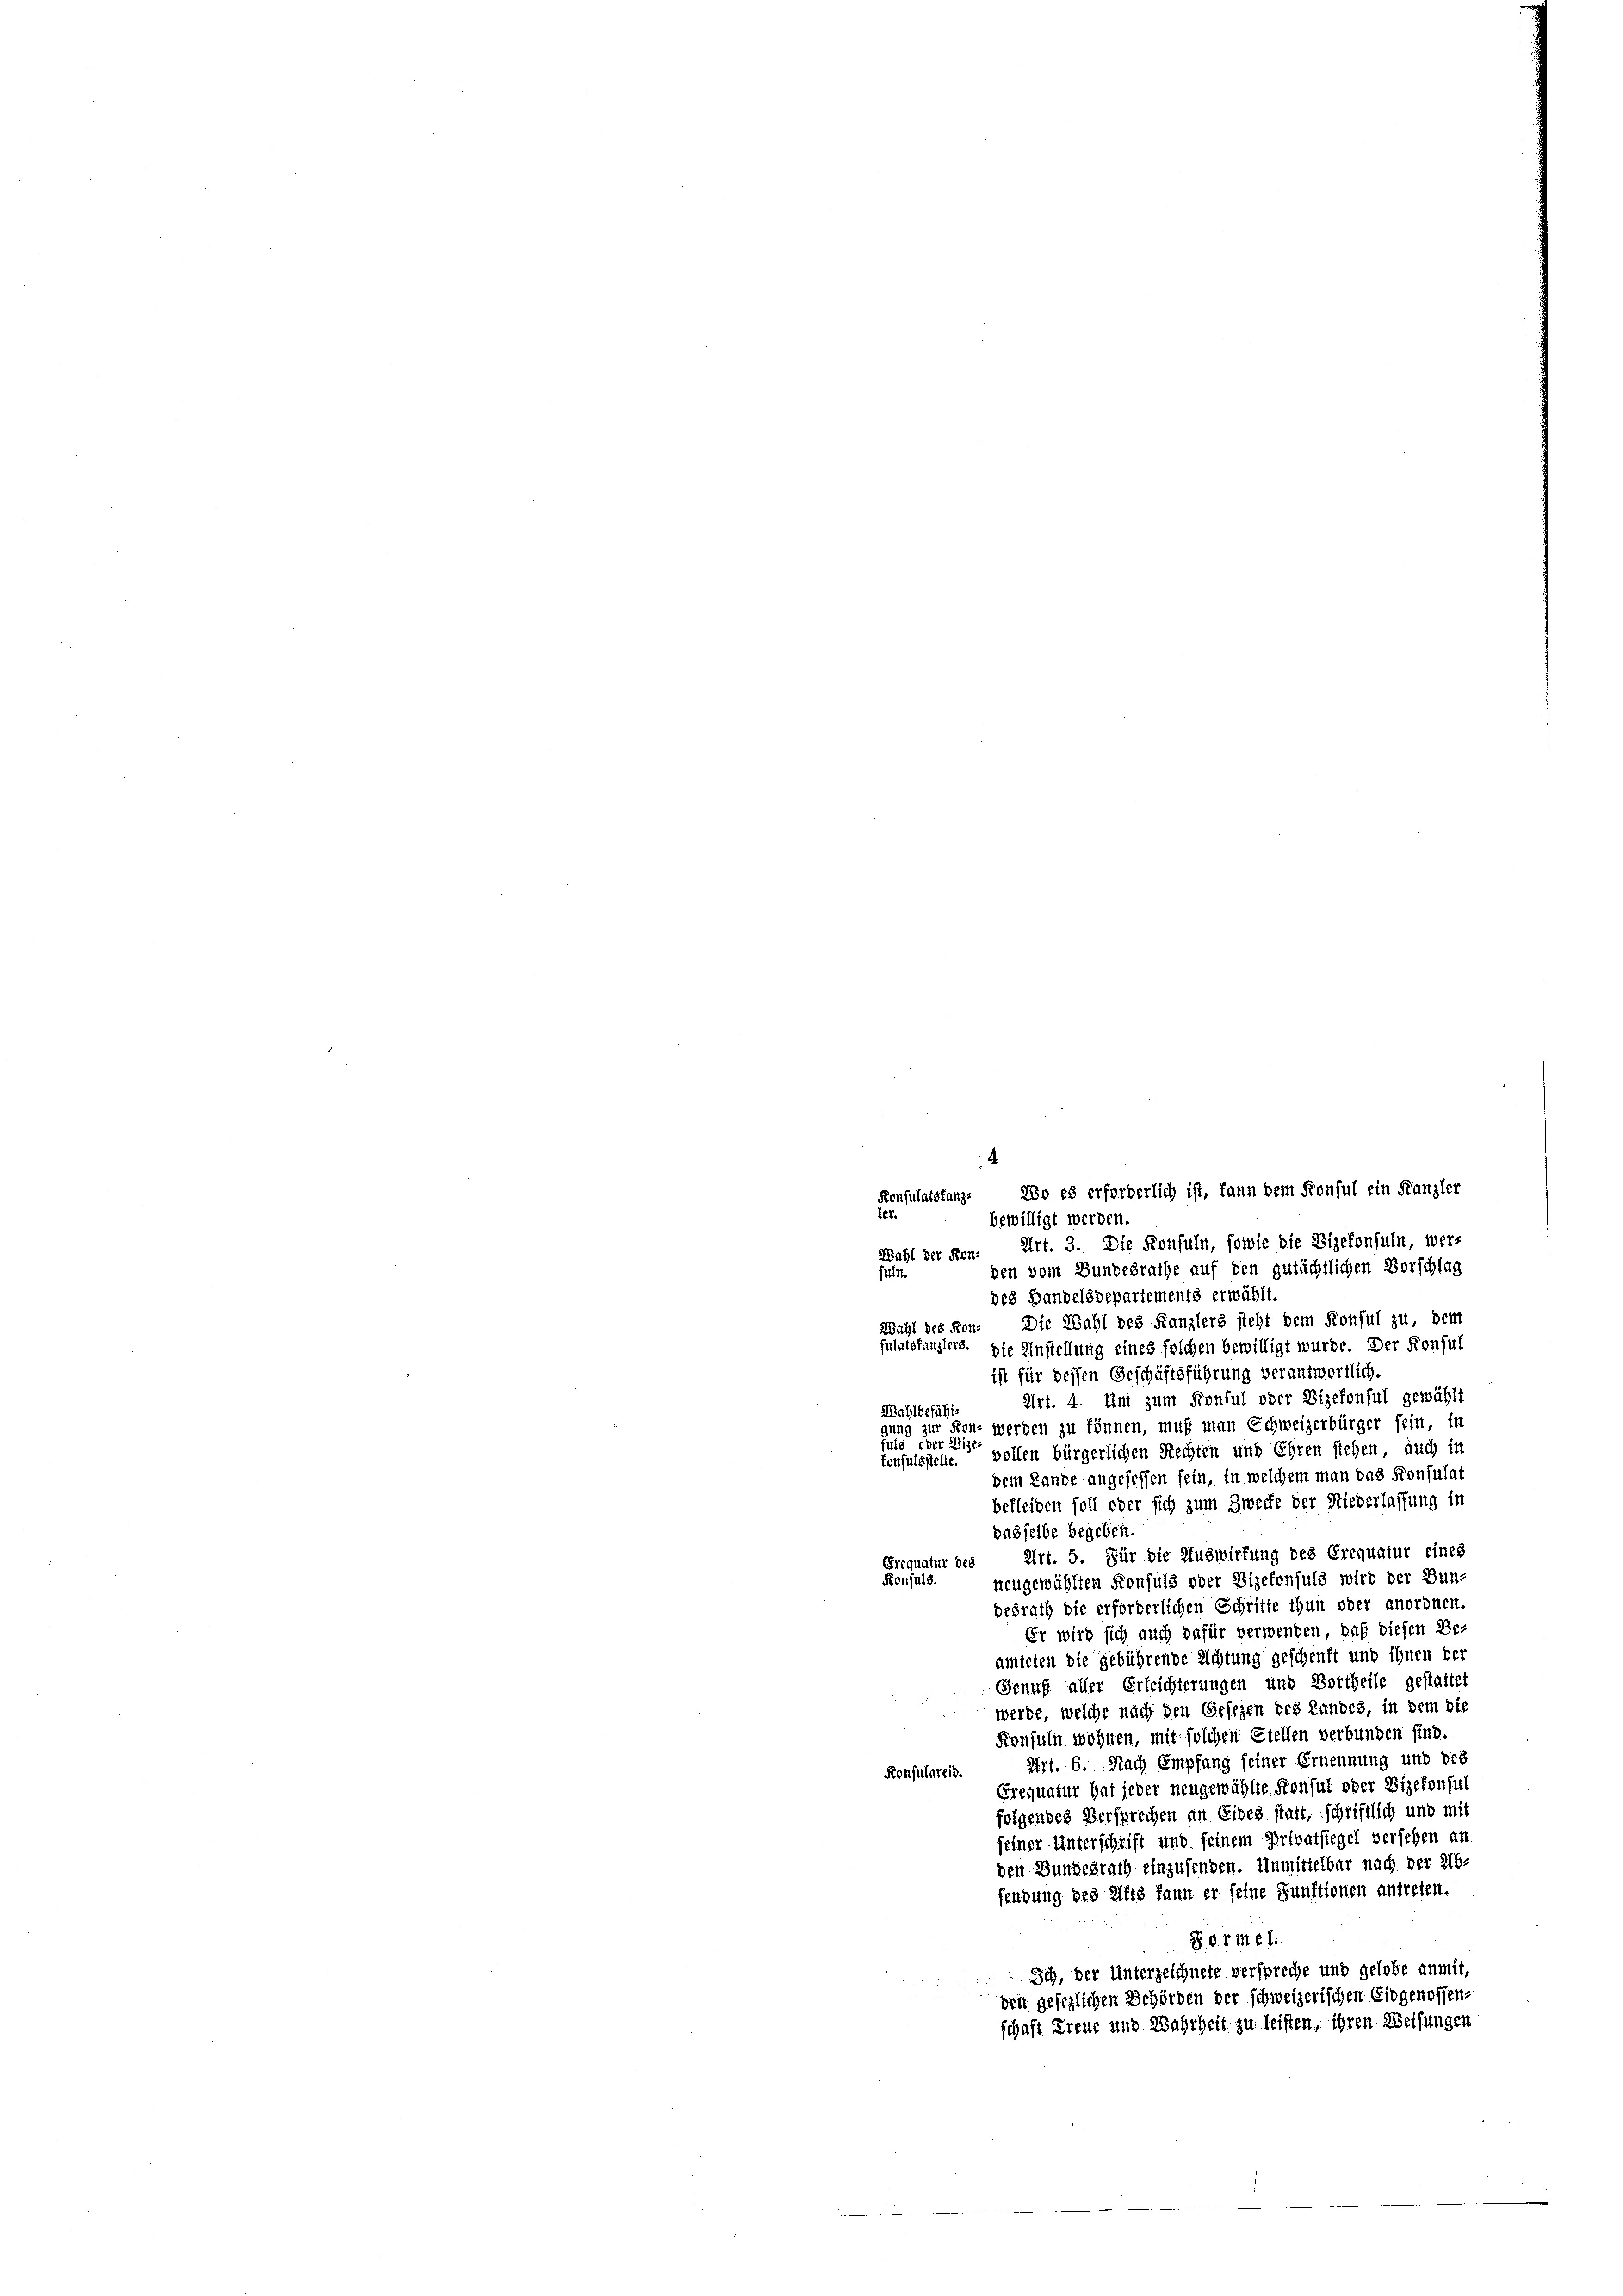
.
Konsulatstanz. Wo es erforderlich ist, fann dem Konsul ein Kanzler
ter.
bewilligt werden.
Wahl der Kon. Art. 3. Die Konfuln, sowie die Vizekonsuln, wer-
den vom Bundesrathe auf den gutächtlichen Vorschlag
führt.
des Handelsdepartements erwählt.
Wahl des Hrn. Die Wahl des Kanzlers steht dem Konsul zu, dem
fulatskanzlers. Die Anstellung eines solchen bewilligt wurde. Der Konsul
ist für dessen Geschäftsführung verantwortlich.
Art. 4. Um zum Konful oder Vizekonsul gewählt
Wahlbefähigung zur Frn, werden zu können, muß man Schweizerbürger sein, in
Juls der Vize-
tonsulsstelle. vollen bürgerlichen Rechten und Ehren stehen, auch in
dem Lande angesessen sein, in welchem man das Konsulat
befleiden soll oder sich zum Zwecke der Niederlassung in
dasfelbe begeben.
Art. 5. Für die Auswirkung des Crequatur eines
Grequatur des
Konsuls.
neugewählten Konsuls oder Vizekonsuls wird der Bun-
desrath die erforderlichen Schritte thun oder anordnen.
Er wird sich auch dafür verwenden, daß diesen Be-
amteten die gebührende Richtung geschenft und ihnen der
Genuß aller Erleichterungen und Vortheile gestattet
werde, welche nach den Gesezen des Landes, in dem die
Konsuln wohnen, mit solchen Stellen verbunden sind.
Art. 6. Nach Empfang seiner Ernennung und bes.
Konsulareis
Erequatur hat jeder neugewählte Konsul oder Vizekonsul
folgendes Versprechen an Eides statt, schriftlich und mit
seiner Unterschrift und seinem Privatsiegel versehen an
den Bundesrath einzusenden. Unmittelbar nach der Ab-
sendung des Afig kann er seine Funktionen antreten.
S. O. d. M. B. 1.
Ich, der Unterzeichnete verspreche und gelobe anmit,
den gefeglichen Behörden der schweizerischen Eidgenossen-
schaft Treue und Wahrheit zu leisten, ihren Weisungen